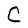
Character: C